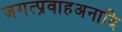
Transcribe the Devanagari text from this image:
जगत्प्रवाहअनादि